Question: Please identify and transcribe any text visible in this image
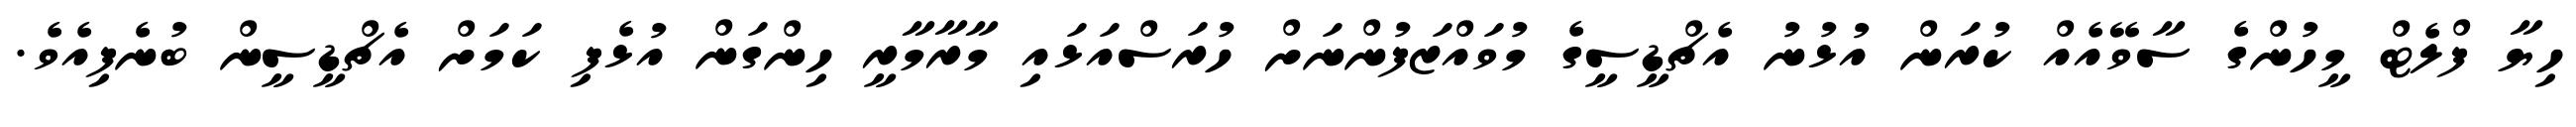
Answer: ހިޔާ ފްލެޓް މީހުންގެ ސާވޭއެއް ކުރަން އުޅުނު އެޗްޑީސީގެ މުވައްޒަފުންނަށް ހުރަސްއަޅައި މާރާމާރީ ހިންގަން އުޅެފި ކަމަށް އެޗްޑީސީން ބުނެފިއެވެ.